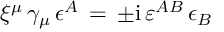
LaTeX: \xi ^ { \mu } \, \gamma _ { \mu } \, \epsilon ^ { A } \, = \, \pm \mathrm { i } \, \varepsilon ^ { A B } \, \epsilon _ { B }